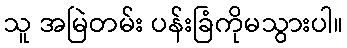
သူ အမြဲတမ်း ပန်းခြံကိုမသွားပါ။